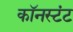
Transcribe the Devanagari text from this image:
कॉनस्टंट